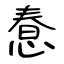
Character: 惷